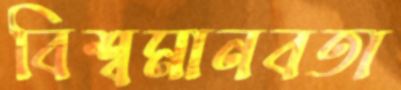
বিশ্বমানবতা